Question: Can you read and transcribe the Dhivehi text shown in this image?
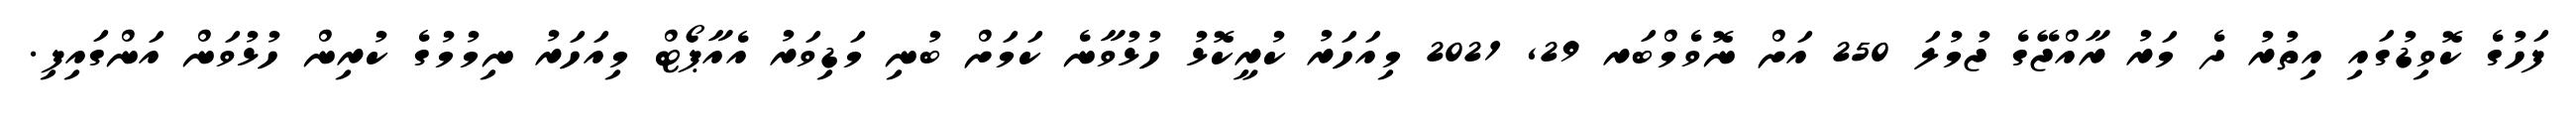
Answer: ފަހުގެ ކޮވިޑުގައި އިތުރު ދެ މަރު ރާއްޖޭގެ ޖުމުލަ 250 އަށް ނޮވެމްބަރ 29, 2021 މިއަހަރު ކުރީކޮޅު ހުޅުވާނެ ކަމަށް ބުނި މަޑިވަރު އެއާޕޯޓް މިއަހަރު ނިމުމުގެ ކުރިން ހުޅުވަން އަންގައިފި.